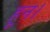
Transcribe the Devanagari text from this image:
हून।